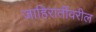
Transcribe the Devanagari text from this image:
जाहिरातींवरील